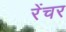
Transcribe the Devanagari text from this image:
रेंचर